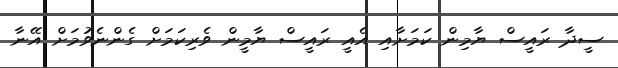
ސީދާ ރައީސް ޔާމިން ކަމަށާއި އެއީ ރައީސް ޔާމީން ވެރިކަމަށް ގެންނެވުމަށް އޭނާ